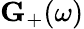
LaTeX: \mathbf{G}_{+}(\omega)